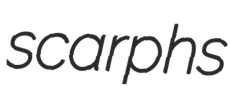
scarphs